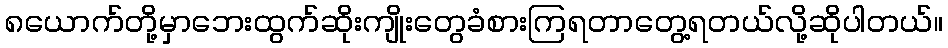
၈ယောက်တို့မှာဘေးထွက်ဆိုးကျိုးတွေခံစားကြရတာတွေ့ရတယ်လို့ဆိုပါတယ်။